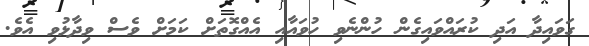
ގަވައިދާ އަދި ކުރައްވައިގެން ހުންނެވި ހުވައާއި އެއްގޮތަށް ކަމަށް ވެސް ވިދާޅުވި އެވެ.